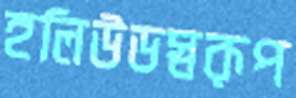
হলিউডস্বরূপ